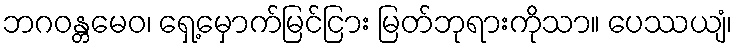
ဘဂဝန္တမေဝ၊ ရှေ့မှောက်မြင်ငြား မြတ်ဘုရားကိုသာ။ ပေဿယျံ၊